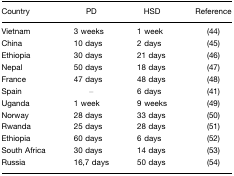
<table><thead><tr><td><b>Country</b></td><td><b>PD</b></td><td><b>HSD</b></td><td><b>Reference</b></td></tr></thead><tbody><tr><td>Vietnam</td><td>3 weeks</td><td>1 week</td><td>(44)</td></tr><tr><td>China</td><td>10 days</td><td>2 days</td><td>(45)</td></tr><tr><td>Ethiopia</td><td>30 days</td><td>21 days</td><td>(46)</td></tr><tr><td>Nepal</td><td>50 days</td><td>18 days</td><td>(47)</td></tr><tr><td>France</td><td>47 days</td><td>48 days</td><td>(48)</td></tr><tr><td>Spain</td><td>–</td><td>6 days</td><td>(41)</td></tr><tr><td>Uganda</td><td>1 week</td><td>9 weeks</td><td>(49)</td></tr><tr><td>Norway</td><td>28 days</td><td>33 days</td><td>(50)</td></tr><tr><td>Rwanda</td><td>25 days</td><td>28 days</td><td>(51)</td></tr><tr><td>Ethiopia</td><td>60 days</td><td>6 days</td><td>(52)</td></tr><tr><td>South Africa</td><td>30 days</td><td>14 days</td><td>(53)</td></tr><tr><td>Russia</td><td>16,7 days</td><td>50 days</td><td>(54)</td></tr></tbody></table>